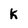
Character: k